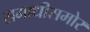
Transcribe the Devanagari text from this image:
समाधीसमोर